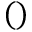
( )